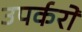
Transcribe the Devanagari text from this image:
उपर्करों